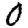
Digit: 0